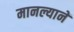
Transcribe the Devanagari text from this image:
मानल्यानें